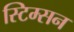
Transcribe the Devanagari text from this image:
स्टिम्सन